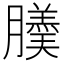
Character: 𦢋